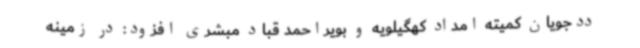
ددجویان کمیته امداد کهگیلویه و بویراحمد قباد مبشری افزود: در زمینه